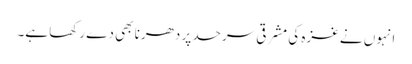
انہوں نے غزہ کی مشرقی سرحد پر دھرنا بھی دے رکھا ہے۔